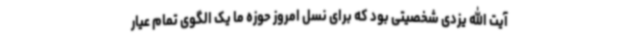
آیت الله یزدی شخصیتی بود که برای نسل امروز حوزه ما یک الگوی تمام عیار